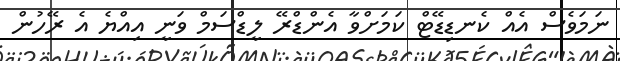
ނަމަވެސް އެއް ކެނޑިޑޭޓް ކަމަށްވާ އެންޑްރޭ ލީޑްސަމް ވަނީ އިއްޔެ އެ ރޭހުން